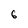
Character: 6